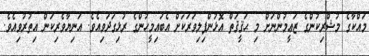
މައްކާގެ މުޝްރިކުންގެ ޒަޢީމުންނަށް މި ޙަޤީޤަތް އޮޅުންފިލިވަރަކަށް އެބައިމީހުންގެ ރުޅިގަދަވިއެވެ. އަނިޔާވެރިކަން އިތުރުވިއެވެ.